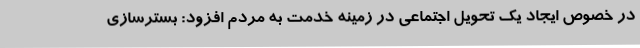
در خصوص ایجاد یک تحویل اجتماعی در زمینه خدمت به مردم افزود: بسترسازی